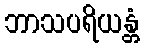
ဘာသပရိယန္တံ